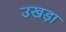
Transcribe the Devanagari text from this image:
उखड़ा